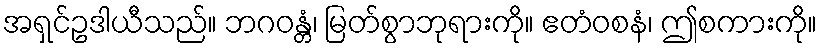
အရှင်ဥဒါယီသည်။ ဘဂဝန္တံ၊ မြတ်စွာဘုရားကို။ ဧတံဝစနံ၊ ဤစကားကို။